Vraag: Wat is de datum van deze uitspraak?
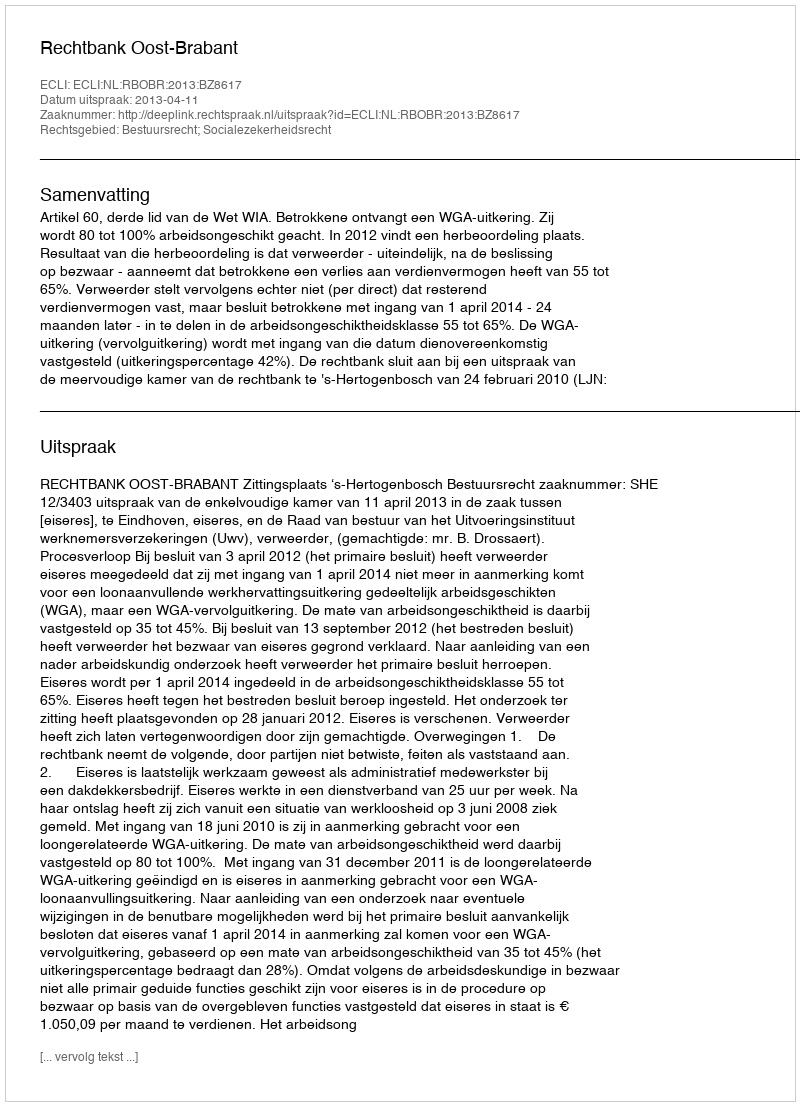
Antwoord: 2013-04-11